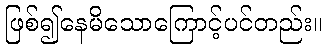
ဖြစ်၍နေမိသောကြောင့်ပင်တည်း။